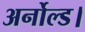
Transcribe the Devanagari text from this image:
अर्नोल्ड।